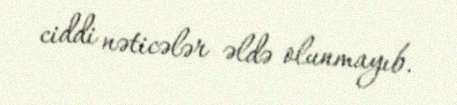
ciddi nəticələr əldə olunmayıb.